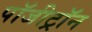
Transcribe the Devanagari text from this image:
पॉजीट्रॉन